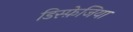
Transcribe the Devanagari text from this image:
डिस्फ़ेजिया